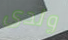
ولدى